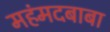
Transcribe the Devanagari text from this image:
महंमदबाबा